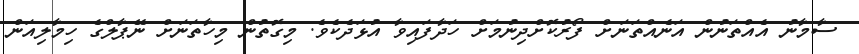
ސާމާނު އެއްތަނުން އަނެއްތަނަށް ފޯރުކޮށްދިނުމަށް ހަދާފައިވާ އުޅަދެކެވެ. މިގޮތުން މިހާތަނަށް ނޭޕާލްގެ ހިމާލިއަން